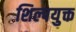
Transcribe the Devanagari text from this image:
शिल्पयुक्त